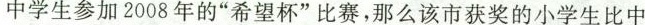
中学生参加2008年的“希望杯”比赛，那么该市获奖的小学生比中